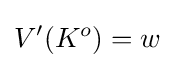
V'(K^{o})=w